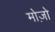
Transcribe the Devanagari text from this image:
मोज़ो